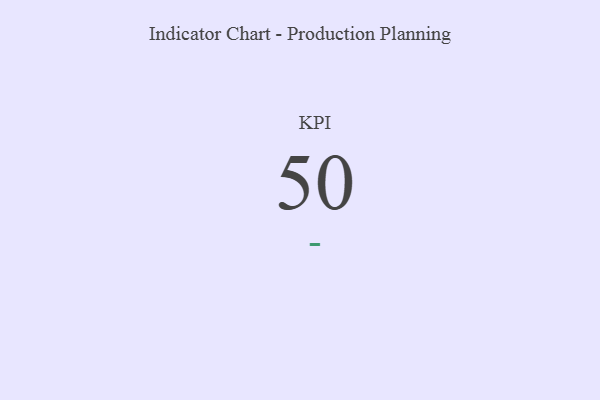
{"axis": {"x": "KPI", "y": "Value"}, "legend": [""], "data": [{"x": "KPI", "y": 50, "type": ""}]}